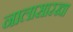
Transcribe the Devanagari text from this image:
नालासारखा